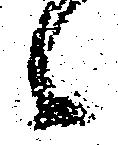
候